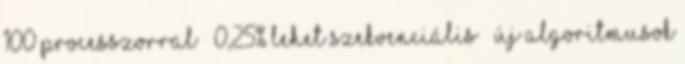
100 processzorral → 0,25% lehet szekvenciális ● Új algoritmusok